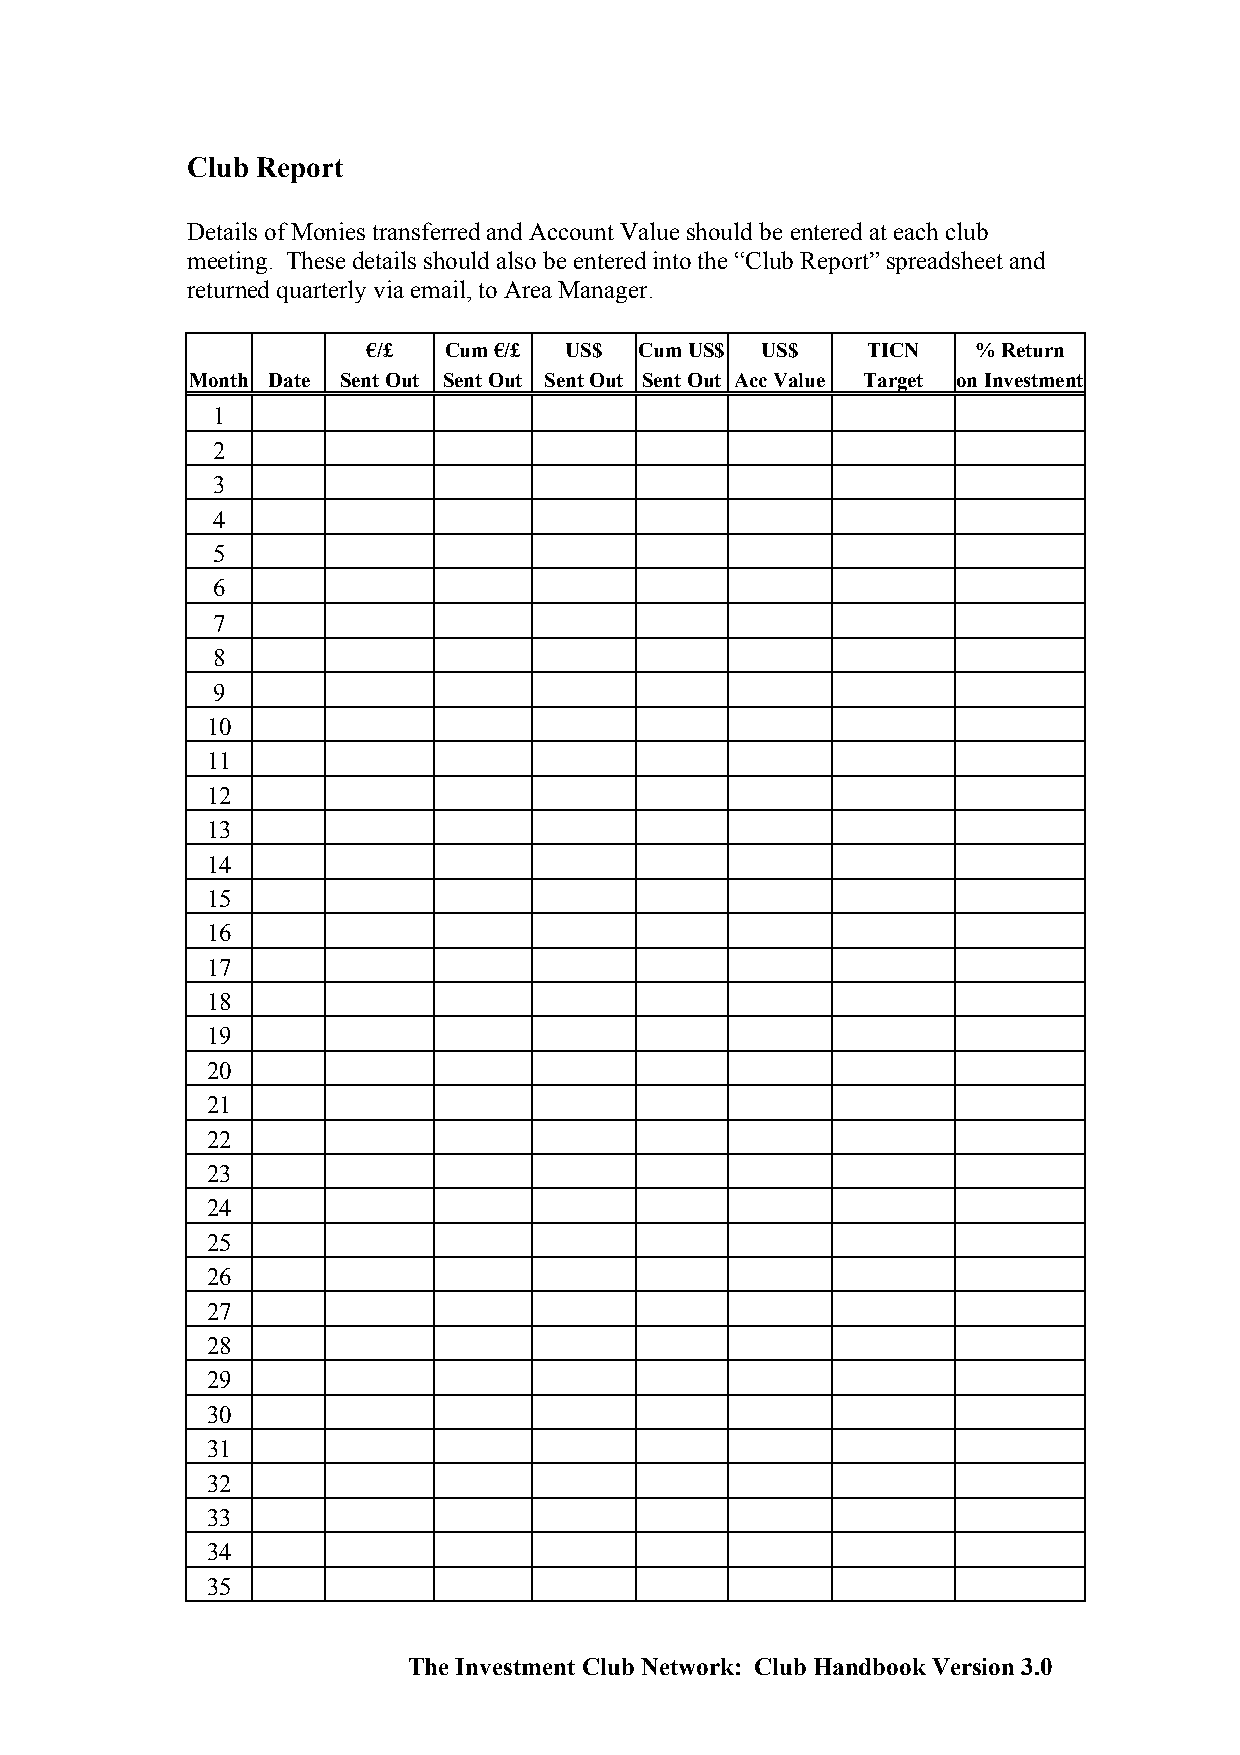
Club Report
 Details of Monies transferred and Account Value should be entered at each club
 meeting. These details should also be entered into the “Club Report” spreadsheet and
 returned quarterly via email, to Area Manager.
 €/£  Cum €/£ US$  Cum US$ US$    TICN    % Return
 Month Date Sent Out Sent Out Sent Out Sent Out Acc Value Target on Investment
 1
 2
 3
 4
 5
 6
 7
 8
 9
 10
 11
 12
 13
 14
 15
 16
 17
 18
 19
 20
 21
 22
 23
 24
 25
 26
 27
 28
 29
 30
 31
 32
 33
 34
 35
 The Investment Club Network: Club Handbook Version 3.0